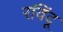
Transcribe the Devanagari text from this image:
रविंदू